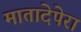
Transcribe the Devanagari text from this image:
मातादेपेरा